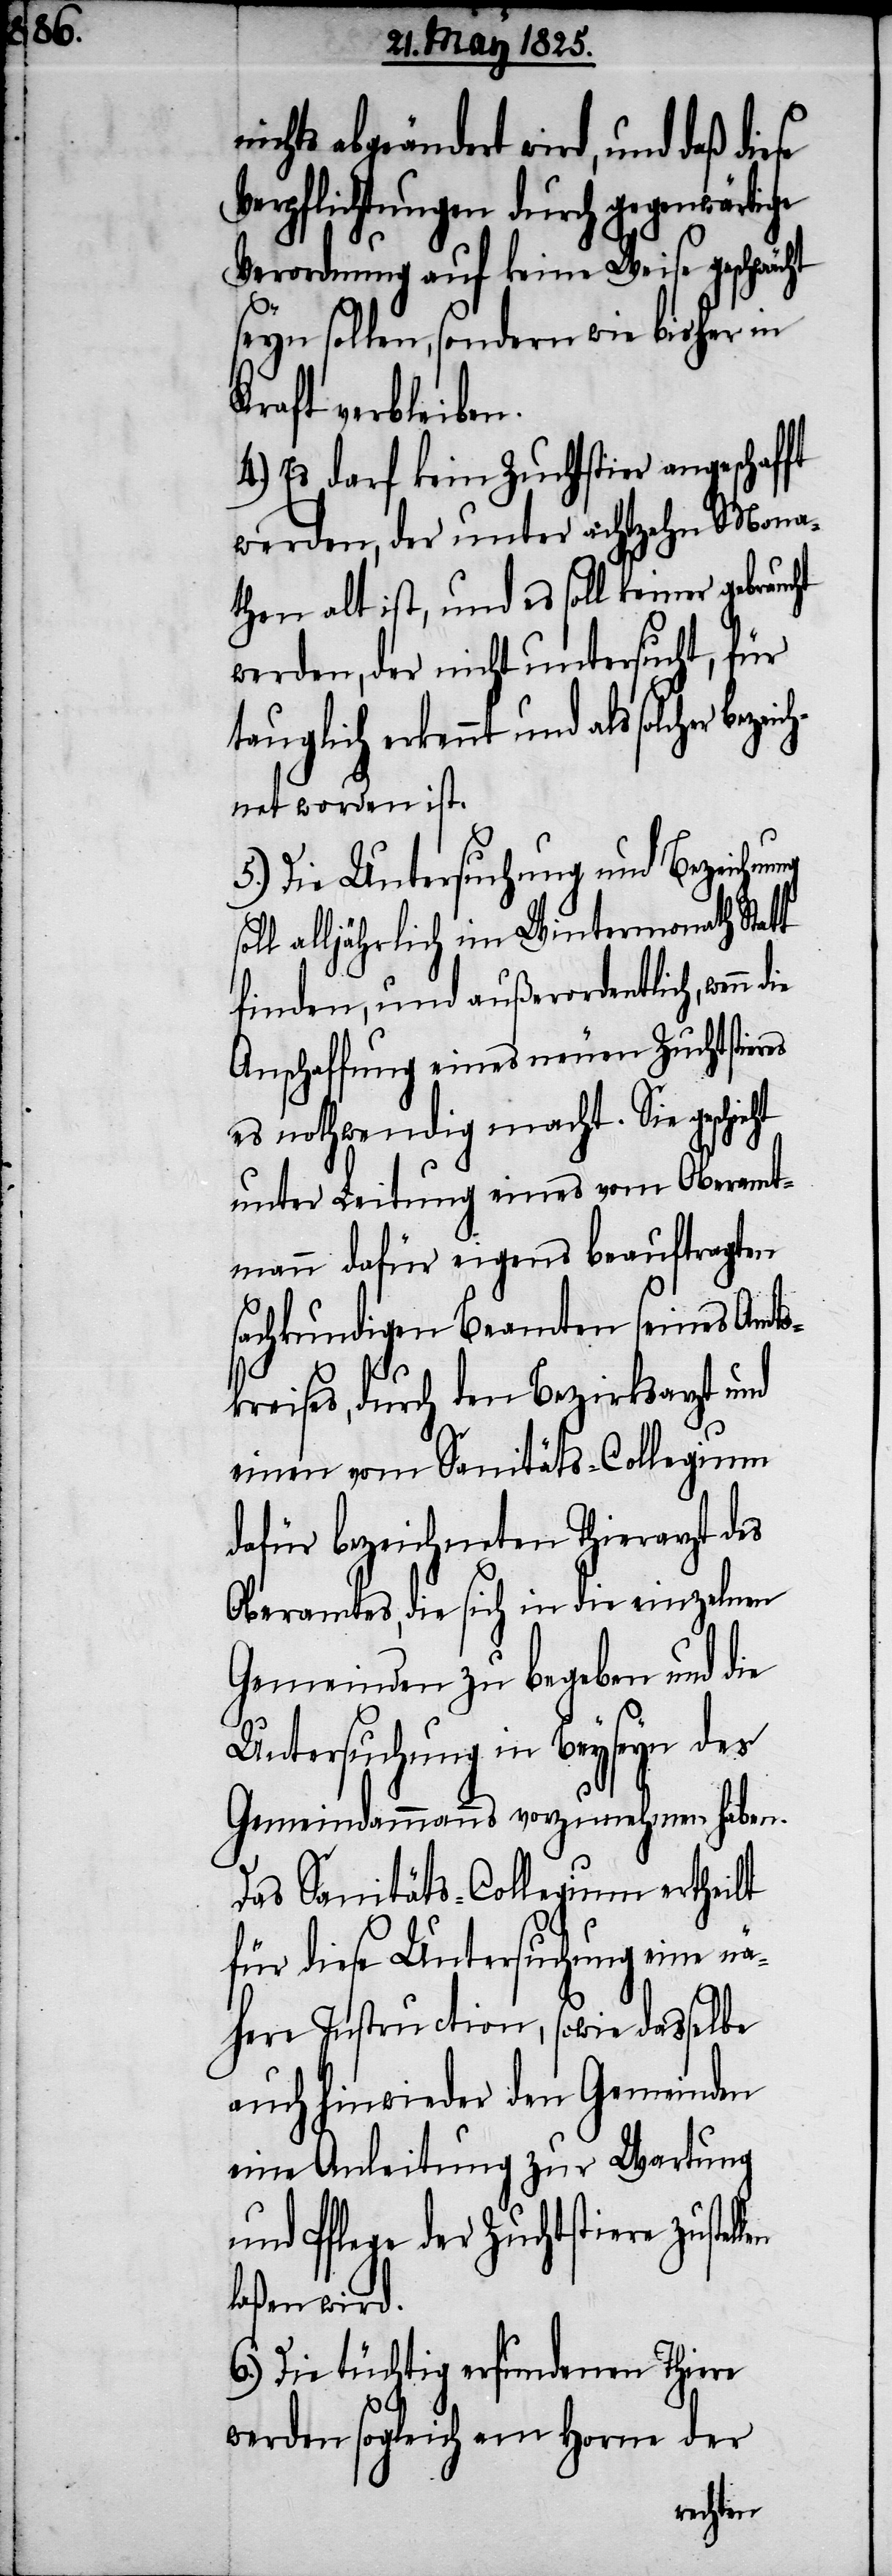
len

abgeändert wird, und daß diese
Verpflichtungen durch gegenwärti¬
Verordnung auf keine Weise geschwächt
seyn sollen, sondern wie bisher in
Kraft verbleiben.
4.) Es darf kein Zuchtstier angeschafft
werden, der unter achtzehn Mona¬
ten alt ist, und es soll keiner gebrau¬
werden, der nicht untersucht, für
solcher bezeich¬
net worden ist.
5.) Die Untersuchung und Bezeichnung
alljährlich im Wintermonath Statt
finden, und außerordentlich, wenn
Anschaffung eines neuen Zuchtstieres
es nothwendig macht. Sie geschi¬
unter Leitung eines vom Oberamt¬
mann dafür eigens beauftragten
fachkundigen Beamten seines Amts¬
kreises, durch den Bezirksarzt und
einen vom Sanitäts-Collegium
dafür bezeichneten Thierarzt des
Oberamtes, die sich in die einzelnen
Gemeinden zu begeben und die
Untersuchung in Beyseyn des
Gemeindammanns vorzunehmen haben.
Das Sanitäts-Collegium ertheilt
für diese Untersuchung eine nä¬
here Instruction, sowie dasselbe
auch hinwieder den Gemeinden
eine Anleitung zur Wartung
und Pflege der Zuchtstiere zustel¬
laßen wird.
6.) Die tüchtig erfundenen Thiere
werden sogleich am Horne der